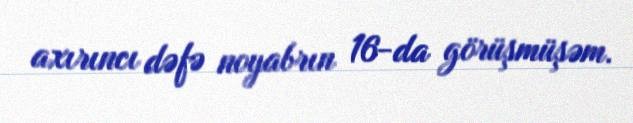
axırıncı dəfə noyabrın 16-da görüşmüşəm.